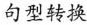
句型转换